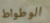
الوطواط